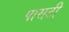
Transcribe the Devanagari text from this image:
पासटी